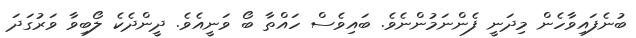
ބުނެފައިވާހެން މިދަނީ ފެންނަމުންނެވެ. ބައިވެސް ހައްތާ ބޯ ވަނީއެވެ. ދީންދެކެ ލޯބިވާ ވަރުގަދަ